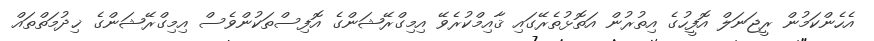
އެހެންކަމުން ރީޖަނަލް އޮފީހުގެ އިތުރުން އަތޮޅުތެރޭގައި ޤާއިމްކުރެވޭ އިމިގްރޭޝަންގެ އޮފިސްތަކުންވެސް އިމިގްރޭޝަންގެ ޚިދުމަތްތައް